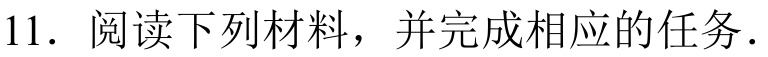
11. 阅读下列材料，并完成相应的任务.